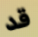
قد